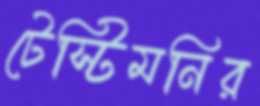
টেস্টিমনির